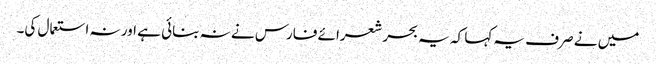
میں نے صرف یہ کہا کہ یہ بحر شعرائے فارس نے نہ بنائی ہے اور نہ استعمال کی۔